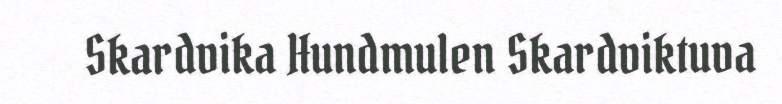
Skardvika Hundmulen Skardviktuva